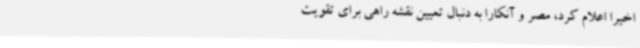
اخیرا اعلام کرد، مصر و آنکارا به دنبال تعیین نقشه راهی برای تقویت